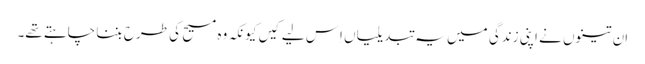
‏ اِن تینوں نے اپنی زندگی میں یہ تبدیلیاں اِس لیے کیں کیونکہ وہ مسیح کی طرح بننا چاہتے تھے۔